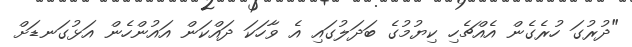
"ދުރުގަ ހުރެގެން އެއްޗެހި ކިޔުމުގެ ބަދަލުގައި އެ ވާހަކަ ދައްކަން އައުންހެން އަޅުގަނޑަށް